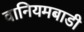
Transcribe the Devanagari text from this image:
वानियमबाडी